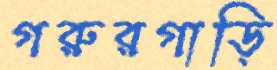
গরুরগাড়ি